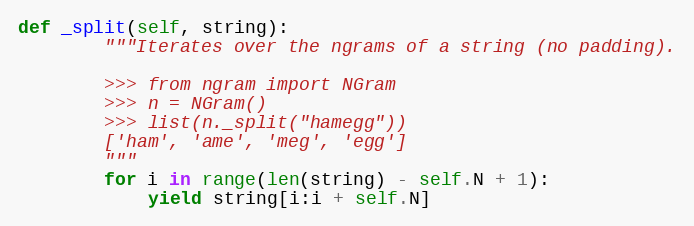
Language: Python
def _split(self, string):
        """Iterates over the ngrams of a string (no padding).

        >>> from ngram import NGram
        >>> n = NGram()
        >>> list(n._split("hamegg"))
        ['ham', 'ame', 'meg', 'egg']
        """
        for i in range(len(string) - self.N + 1):
            yield string[i:i + self.N]